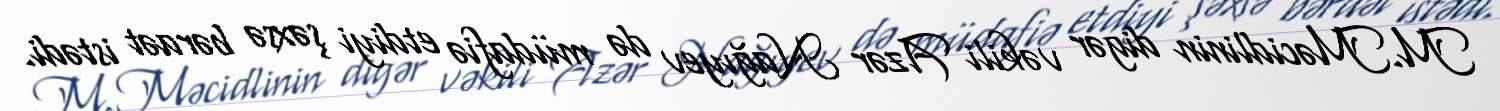
M.Məcidlinin digər vəkili Azər Nağıyev də müdafiə etdiyi şəxsə bəraət istədi.